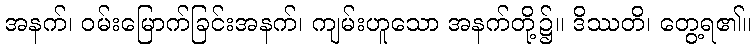
အနက်၊ ဝမ်းမြောက်ခြင်းအနက်၊ ကျမ်းဟူသော အနက်တို့၌။ ဒိဿတိ၊ တွေ့ရ၏။